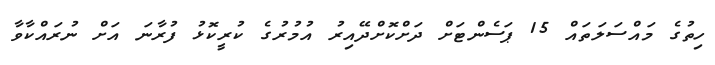
ހިތުގެ މައްސަލަތައް 15 ޕަސެންޓަށް ދަށްކޮށްދޭއިރު އުމުރުގެ ކުރީކޮޅު ފުރާނަ އަށް ނުރައްކާވާ